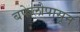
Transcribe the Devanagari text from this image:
बफेलोपासून